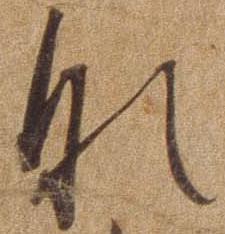
な